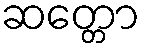
ဆတ္တော